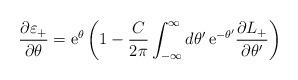
LaTeX: \begin{align*}\frac{\partial \varepsilon _{+}}{\partial \theta }=\mathrm{e}^{\theta}\left( 1-\frac{C}{2\pi }\int ^{\infty }_{-\infty }d\theta '\,\mathrm{e}^{-\theta '}\frac{\partial L_{+}}{\partial \theta '}\right)\end{align*}